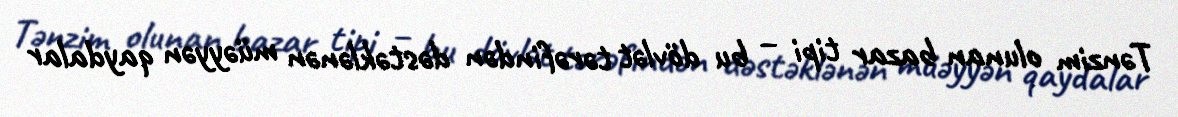
Tənzim olunan bazar tipi – bu dövlət tərəfindən dəstəklənən müəyyən qaydalar